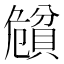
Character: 𲂵